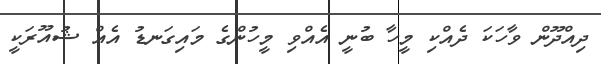
ދިއްދޫން ވާހަކަ ދެއްކި މީހާ ބުނީ އެއްވި މީހުންގެ މައިގަނޑު އެއް ޝުއޫރަކީ